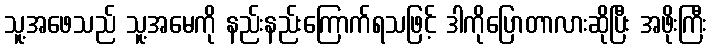
သူ့အဖေသည် သူ့အမေကို နည်းနည်းကြောက်ရသဖြင့် ဒါကိုပြောတာလားဆိုပြီး အဖိုးကြီး